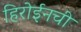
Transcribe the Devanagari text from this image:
हिरोईनची